Report of the Municipal Commissioner on the plague in Bombay for the year ending 31st May... - Volume 3
Disease focus: Plague
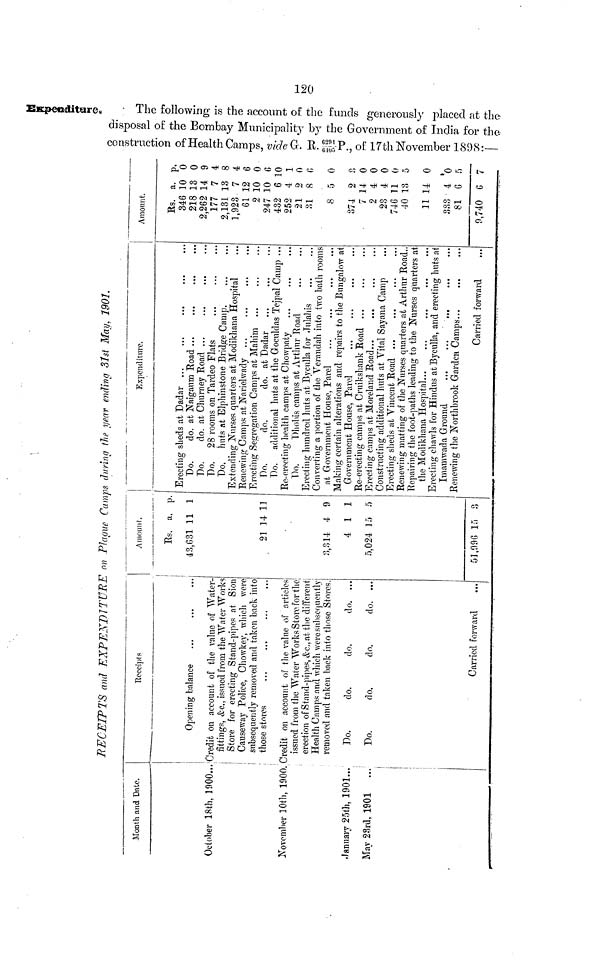
120
Expendt
The following is the account of the fu
RECEIPTS and EXPENDITURE on Plague Camps during the year ending 31st May, 1901.
Month and Date.
October 18th, 1900...
Receipts
Opening balance
|
Credit on account of the value of Water-
fittings, &c, issued from the Water Works
Store for erecting Stand-pipes at Sion
Causeway Police, Chowkey, which were
subsequently removed and taken back into
those stores
November 10th, 1900. Credit on account of the value of articles
January 25th, 1901...
May 23rd, 1901
...
issued from the Water Works Store, for the
erection of Stand-pipes, &c, at the different
Health Camps and which were subsequently
removed and taken back into those Stores.
Do.
do.
do.
do. ...
Do.
do,
do.
do. ...
Carried forward
...
Amount.
Rs.
48,631
21
3,814
4
5,024
51,09G
a.
11
H
4
1
15
15
P.
1
11
9
1
5
Expenditure.
Erecting sheds at Dadar ...
Do.
do. at Naigaum Road ...
Do.
do. at Churney Road
Do. 28 rooms on Tardeo Flats
Do, huts at Elphinstone Bridge Camp.
Extending Nurses quarters at Modikhana Hospital
Renewing Camps at Narielwady
Erecting Segregation Camps at Mahim ...
Do.
do.
do. at Dadar
Do. additional huts at the Goculdas Tejpal Camp ...
Re-erecting health camps at Chowpaty
Do.
Dhobis camps at Arthur Road
Erecting hundred huts at Byculla for Julahis
Converting a portion of the Verandah into two bath rooms
at Government House, Parel
Making certain alterations and repairs to the Bungalow at
Government House, Parel
Re-erecting camps at Cruikshank Road
Erecting camps at Moreland Road...
...
Constructing additional huts at Vital Sayana Camp
Erecting sheds at Vincent Road ...
Renewing matting of the Nurses quarters at Arthur Road..
Repairing the foot-paths leading to the Nurses quarters at
the Modikhana Hospital...
Erecting chawls for Hindus at Byculla, and erecting huts at
Renewing the Northbrook Garden Camps
Carried forward
Amount.
Rs.
346
218
2,262
177
2,131
1,923
61
2
247
432
252
21
31
8
374
7
2
23
746
40
11
333
81
9,740
a.
10
13
14
7
13
7
12
10
10
6
4
2
8
5
2
14
4
4
11
13
14
4
6
6
P.
0
0
9
4
8
4
6
0
6
10
1
0
6
0
3
0
0
0
0
5
0
'0 5
7